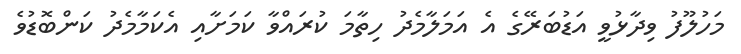
މަހުލޫފު ވިދާޅުވީ އަޑުބަރޭގެ އެ އަމަލާމެދު ހިތާމަ ކުރައްވާ ކަމަށާއި އެކަމާމެދު ކަންބޮޑުވެ